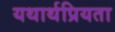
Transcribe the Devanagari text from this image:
यथार्थप्रियता